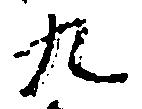
九